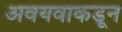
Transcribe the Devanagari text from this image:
अवयवाकडून